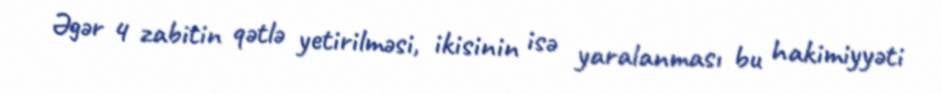
Əgər 4 zabitin qətlə yetirilməsi, ikisinin isə yaralanması bu hakimiyyəti